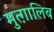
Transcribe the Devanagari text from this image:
मुत्ग़ालिब